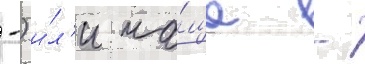
-) и́л'и ча́ще -